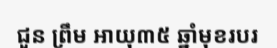
ជួន ព្រឹម អាយុ៣៥ ឆ្នាំមុខរបរ